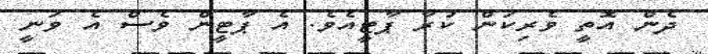
ދެން އޮތީ ވެރިކަން ކުރާ ޕާޓީއެވެ. އެ ޕާޓީން ވެސް އެ ވަނީ